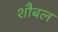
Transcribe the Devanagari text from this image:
शौबल